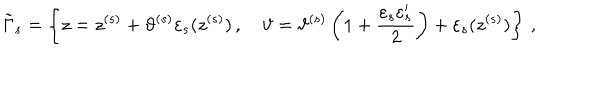
\tilde { \Gamma } _ { s } = \left\{ z = z ^ { ( s ) } + \vartheta ^ { ( s ) } \varepsilon _ { s } ( z ^ { ( s ) } ) \, , \quad \vartheta = \vartheta ^ { ( s ) } \left( 1 + \frac { \varepsilon _ { s } \varepsilon _ { s } ^ { \prime } } 2 \right) + \varepsilon _ { s } ( z ^ { ( s ) } ) \right\} \, ,